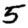
Digit: 5